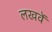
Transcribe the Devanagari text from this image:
लखवें